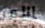
الأمر